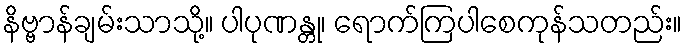
နိဗ္ဗာန်ချမ်းသာသို့။ ပါပုဏန္တု၊ ရောက်ကြပါစေကုန်သတည်း။